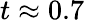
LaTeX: t\approx 0.7